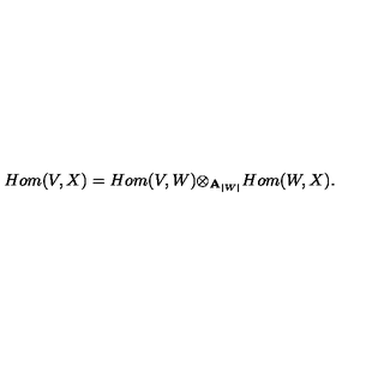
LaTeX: H o m ( V , X ) = H o m ( V , W ) { \otimes } _ { { \bf A } _ { | W | } } H o m ( W , X ) .